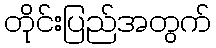
တိုင်းပြည်အတွက်